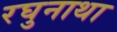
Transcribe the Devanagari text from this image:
रघुनाथा